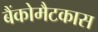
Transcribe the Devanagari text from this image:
बैंकोमैटकास